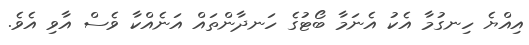
އިއްޔެ ހިނގުމާ އެކު އެނަމާ ބޯޓުގެ ހަނދާންތައްް އަނެއްކާ ވެސް އާވި އެވެ.